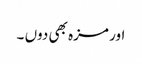
اور مزہ بھی دوں ۔